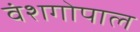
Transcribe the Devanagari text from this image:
वंशगोपाल